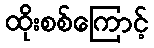
ထိုးစစ်ကြောင့်